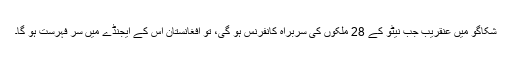
شکاگو میں عنقریب جب نیٹو کے 28 ملکوں کی سربراہ کانفرنس ہو گی، تو افغانستان اس کے ایجنڈے میں سرِ فہرست ہو گا۔